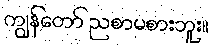
ကျွန်တော် ညစာမစားဘူး။